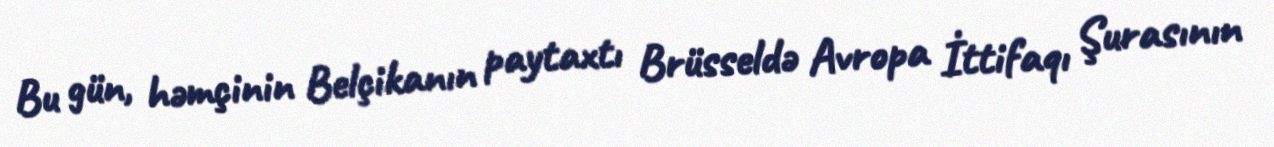
Bu gün, həmçinin Belçikanın paytaxtı Brüsseldə Avropa İttifaqı Şurasının